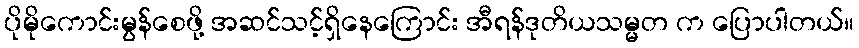
ပိုမိုကောင်းမွန်စေဖို့ အဆင်သင့်ရှိနေကြောင်း အီရန်ဒုတိယသမ္မတ က ပြောပါတယ်။